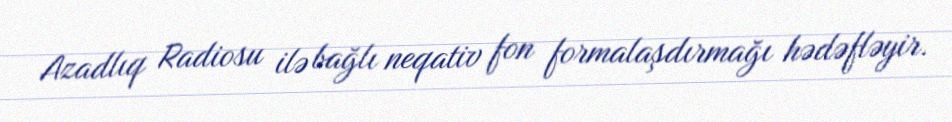
Azadlıq Radiosu ilə bağlı neqativ fon formalaşdırmağı hədəfləyir.